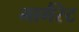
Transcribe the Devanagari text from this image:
मागैंरेट